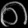
Digit: ၈